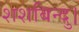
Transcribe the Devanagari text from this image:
शशबिन्दु।